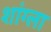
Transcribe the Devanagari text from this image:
शांग्ला